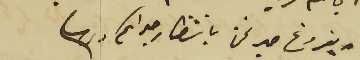
بفروغ حبر نخن بانتظار جوابكم